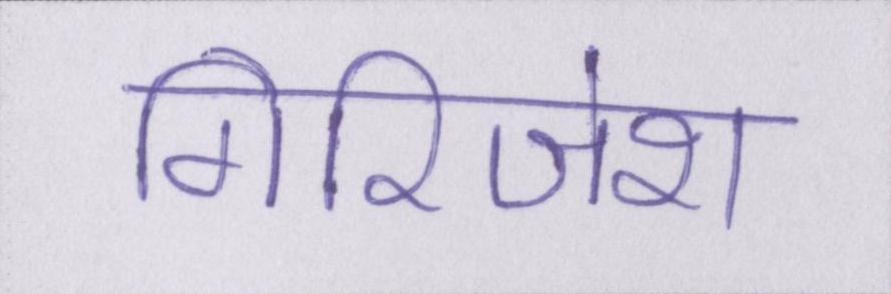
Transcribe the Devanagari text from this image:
गिरिजेश